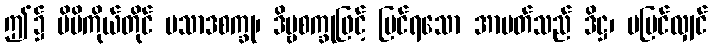
ဤ၌ မိမိကိုယ်တိုင် ပသာဒစက္ခု၊ ဒိဗ္ဗစက္ခုဖြင့် မြင်ရသော အာပတ်သည် ဒိဋ္ဌ၊ မမြင်လျှင်